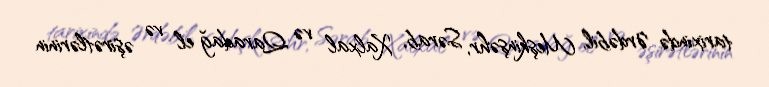
tarixində Ərdəbil, Meşkinşəhr, Sərab, Xalxal və Qaradağ el və əşirətlərinin